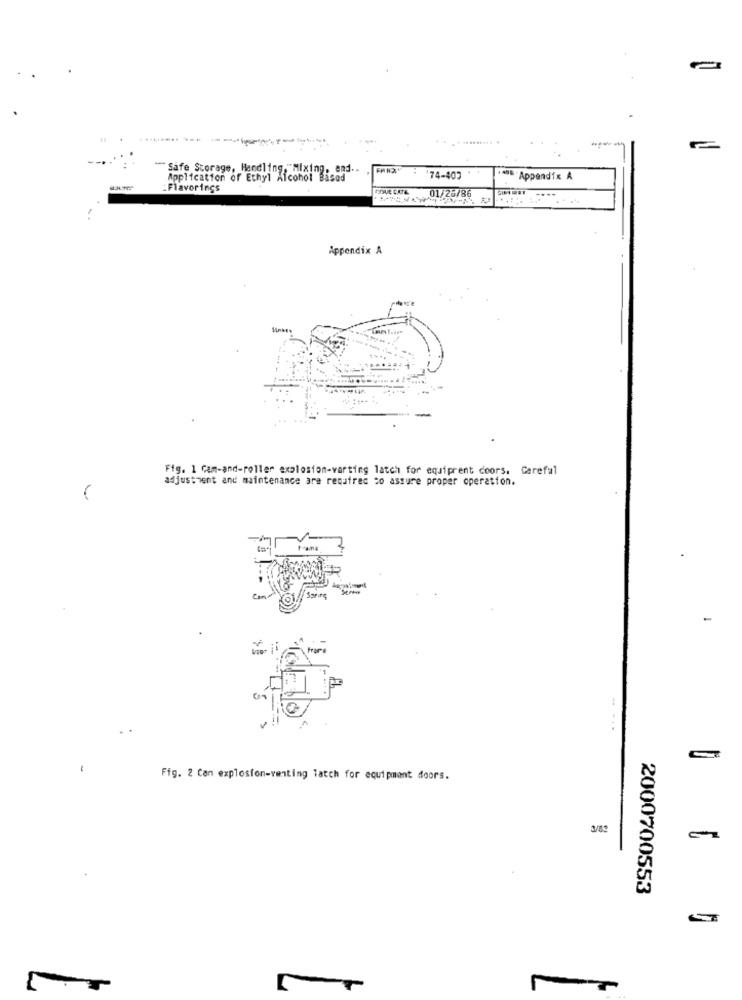
-
-
"Safe Storage, Handling, "Mixing, and ..
Application of Ethyl Alcohol Based
74-407
ADE Appendix A
Flavorings
GOUR CATE
01/25/86
.....
Appendix A
Fig. 1 Cam-and-roller explosion-varting latch for equiprent coors. Careful
adjustment and maintenance are required to assure proper operation.
Fig. 2 Can explosion-venting latch for equipment doors.
3/62
2000700553